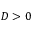
D > 0